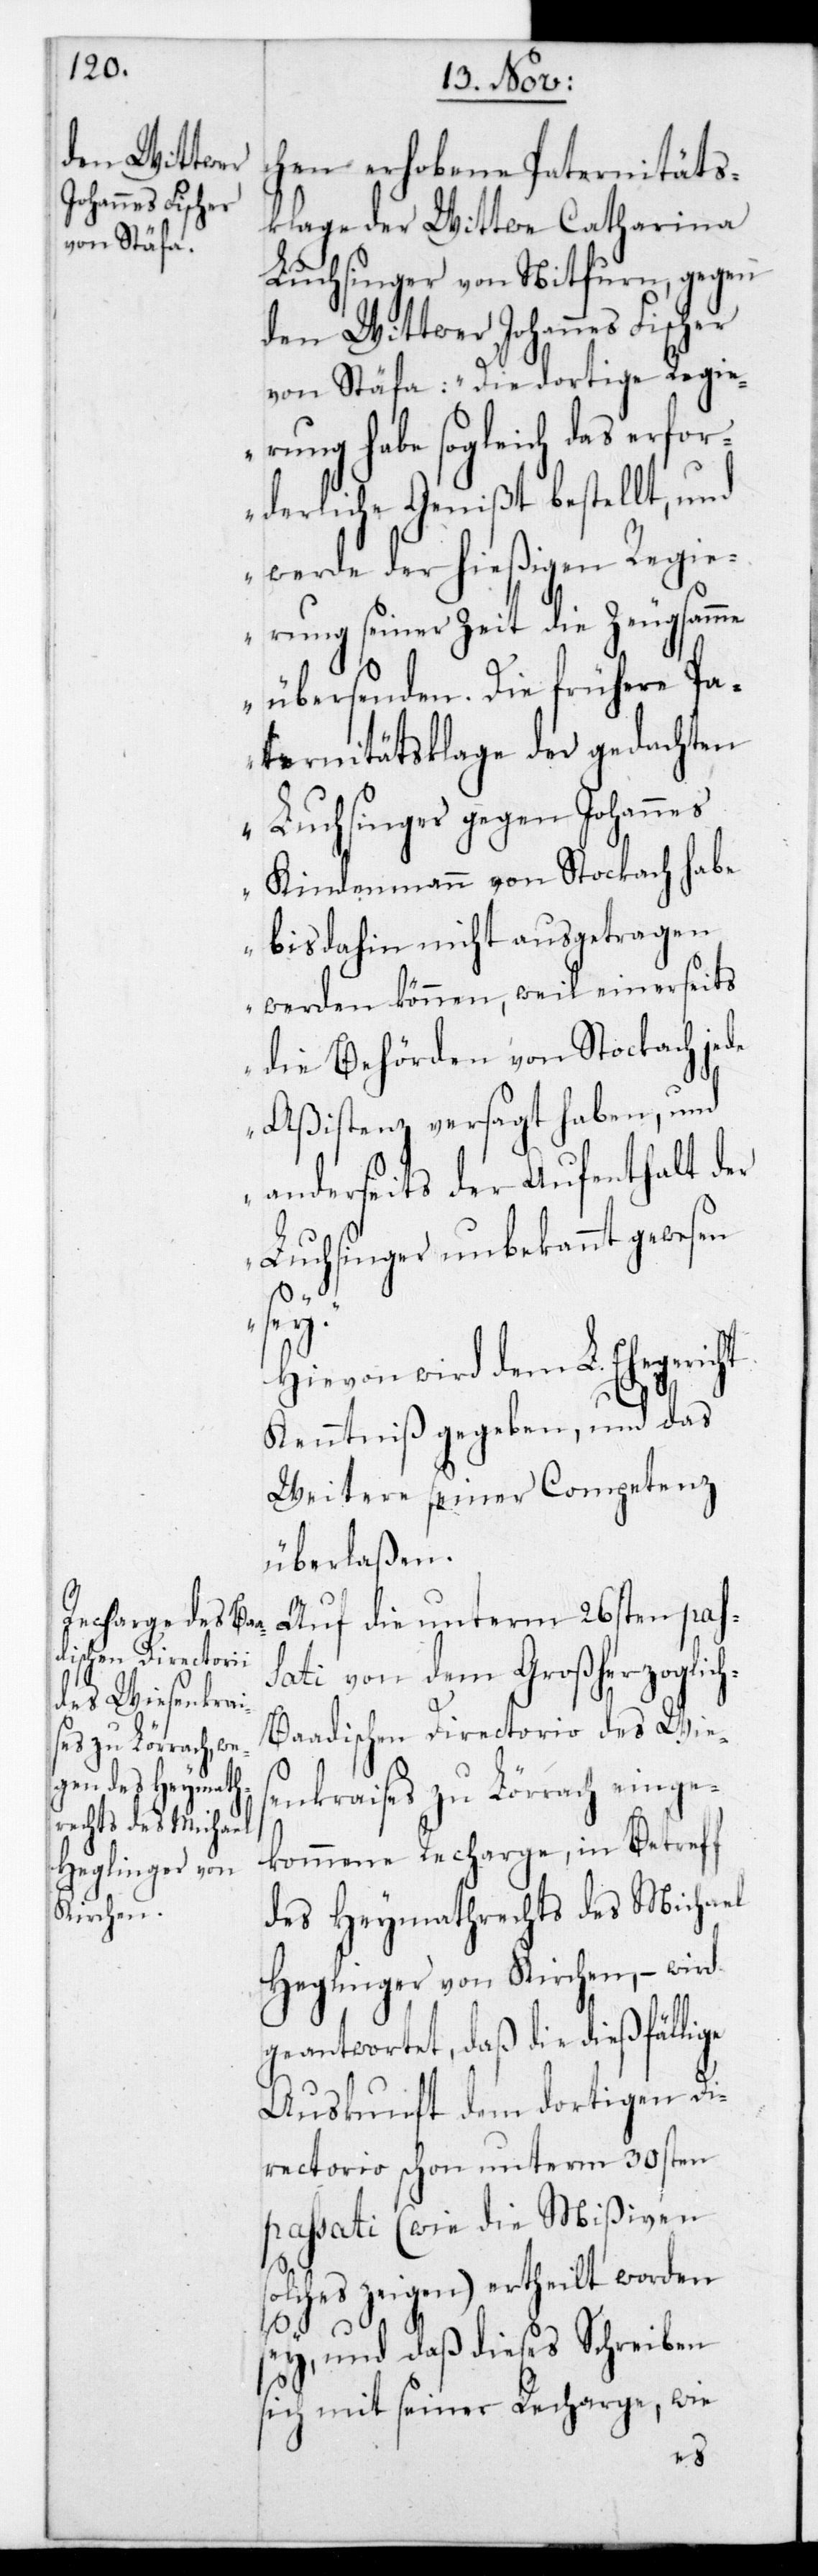
den Wittwer
Johannes Fischer

chen erhobene Paternitäts¬
klage der Wittwe Catharina
Luchsinger von Nidfurn, gegen
von Stäfa: „Die dortige Regie¬
rung habe sogleich das erfor¬
derliche Genißt bestellt, und
werde der hießigen Regie¬
rung seiner Zeit die Zeugsamme
übersenden. Die frühere Pa¬
ternitätsklage der gedachten
Luchsinger gegen Johannes
Kindenmann von Stockach habe
bis dahin nicht ausgetragen
werden können, weil einerseits
die Behörden von Stockach jede
Aßistenz versagt haben, und
anderseits der Aufenthalt der
Luchsinger unbekannt gewesen
sol¬
Hievon wird dem L. Ehege¬
Kenntniß gegeben, und das
Weitere seiner Competenz
überlaßen.
Auf die unterm 26sten pas¬
sati von dem Großherzoglic¬
h-Baadischen Directorio des Wies¬
enkraises zu Lörrach einge¬
kommene Recharge, in Betreff
des Heymathrechts des Michael
Heglinger von Kirchen, – wird
geantwortet, daß die dießfällige
Auskunft dem dortigen Di¬
rectorio schon unterm 30sten
passati (wie die Mißiven
ches zeigen) ertheilt worden
sey, und daß dieses Schreiben
sich mit seiner Recharge, wie